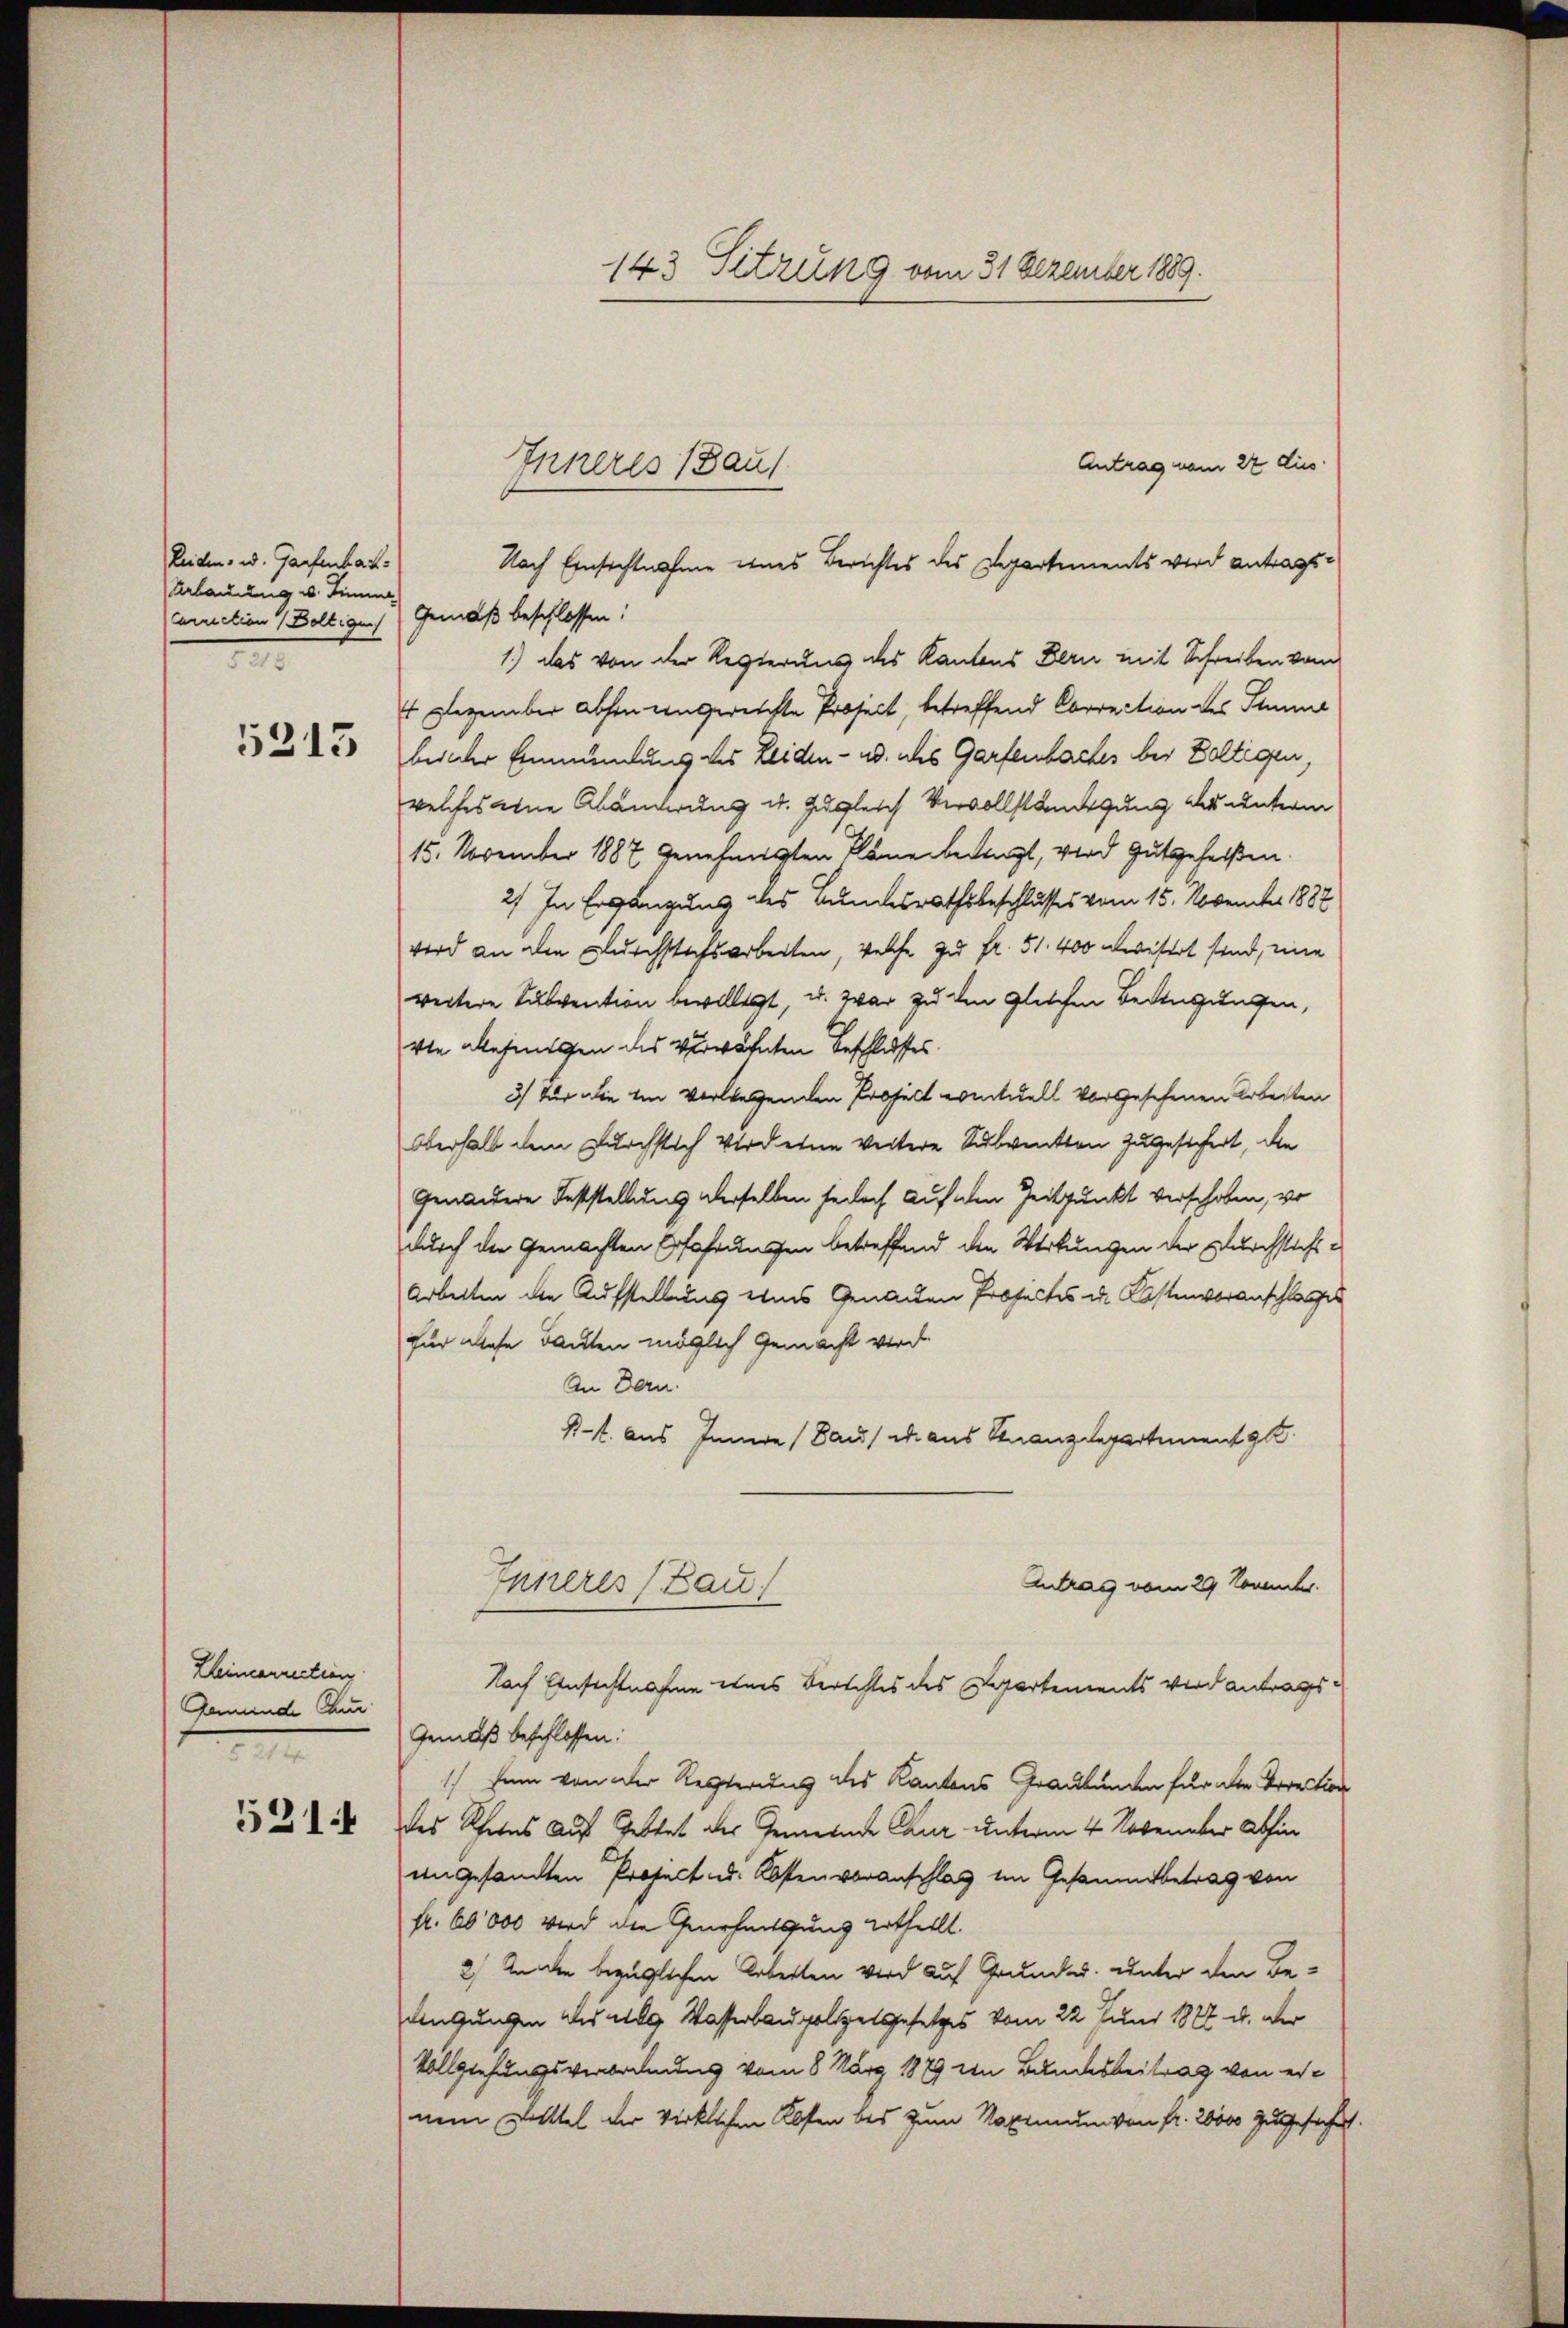
Leiden, u. Gaufenbach.
Vrladung u. Simme
Cinction Boltigen (Gemäß beschlossen:
e

5313

Kleincarrection
Gemünde Caur
e
5214

Antrag vom 22 dies
Nach Einsichtnahme eines Berichtes des Departements wird antrags¬
1.) das von der Regierung des Kantons Bern mit Schreiben vom
1 Dezember Absen eingereichte Prosect, betreffend Correction des Summe
beider Einmündung des Leiden- u. als Gartenbaches bei Boltigen,
welches eine Abänderung u. zugleich Vervollständigung der unterm
15. November 1887 genehmigten Pläne besagt, wird gutgeheißen.
2) In Ergängung des Bundesrathsbeschlusses vom 15. November 1882
wird an die Durchstichsarbeiten, welche zu Fr. 51. 400 berisiert sind, eine
weitere Subvention bewilligt, u. war zu den gleichen Bedingungen,
vie allesungen des verwähnten Beschlusses.
3) Für die im verlegenden Project eventuell vorgesehenen Arbeiten
Oberhalb dem Durchstich Vorderne weitere Subvention zugesichert, die
Genandere Feststellung derselben jedoch auf den Zeitpunkt verschoben, vo
durch der Gemachten Erfahrungen betreffend die Wertungen der Durchstichs¬
Arbeiten den Aufstellens eines Genanden Prosectes u. Kostenvoranschlages
für diese Bauten möglich gemacht wird
An Bern.
Kl. aus Innere (aus ad aus Finanzdepartement g
Antrag vom 29. Kometer.
Inneres (Kauf
Nach Einsichtnahme etwas Berichtes des Departements verdantrags¬
Gemäß beschlossen:
1) Dem von der Rechterung des Kantons Graubungen für die Direction
des Rheins auf Seitet der Gemeinde Chur unterm 4 Novenaber abhin
angesandten Project d. Kostenvoranschlag im Gesammtbetrag von
fr. 60000 wird die Genehmigung ertheilt.
2) Ander bezüglichen Arbeiten wird auf Grundes. unter den Be-
Angungen als das Wasserbaupolizelgesetzes vom 22 Juni 1822 u. der
Vollziehungsverordnung vom 8. März 1879 in Bundesbeitrag von einem Bittel der wirklichen Kosten bis zum Naximum von fr. 20000 zugesichert

143 Sitzung vom 31. Dezember 1889.

Inneres (Baus